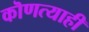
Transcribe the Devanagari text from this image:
कॊणत्याही